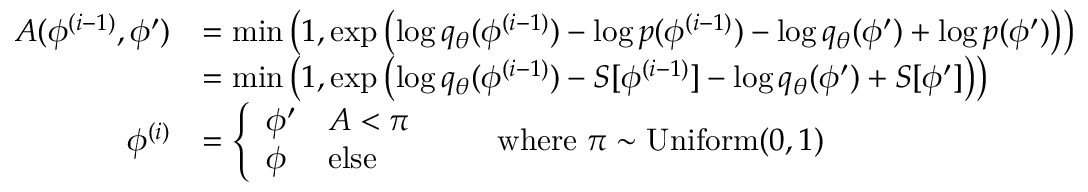
\begin{array} { r l } { A ( \phi ^ { ( i - 1 ) } , \phi ^ { \prime } ) } & { = \operatorname* { m i n } \left( 1 , \exp \left( \log q _ { \theta } ( \phi ^ { ( i - 1 ) } ) - \log p ( \phi ^ { ( i - 1 ) } ) - \log q _ { \theta } ( \phi ^ { \prime } ) + \log p ( \phi ^ { \prime } ) \right) \right) } \\ & { = \operatorname* { m i n } \left( 1 , \exp \left( \log q _ { \theta } ( \phi ^ { ( i - 1 ) } ) - S [ \phi ^ { ( i - 1 ) } ] - \log q _ { \theta } ( \phi ^ { \prime } ) + S [ \phi ^ { \prime } ] \right) \right) } \\ { \phi ^ { ( i ) } } & { = \left\{ \begin{array} { l l } { \phi ^ { \prime } } & { A < \pi } \\ { \phi } & { \mathrm { e l s e } } \end{array} \right. \qquad \mathrm { w h e r e ~ } \pi \sim \mathrm { U n i f o r m } ( 0 , 1 ) } \end{array}